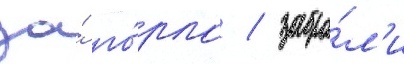
за́ го́рло / забра́л'и